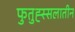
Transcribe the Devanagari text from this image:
फुतुह्स्सलातीन